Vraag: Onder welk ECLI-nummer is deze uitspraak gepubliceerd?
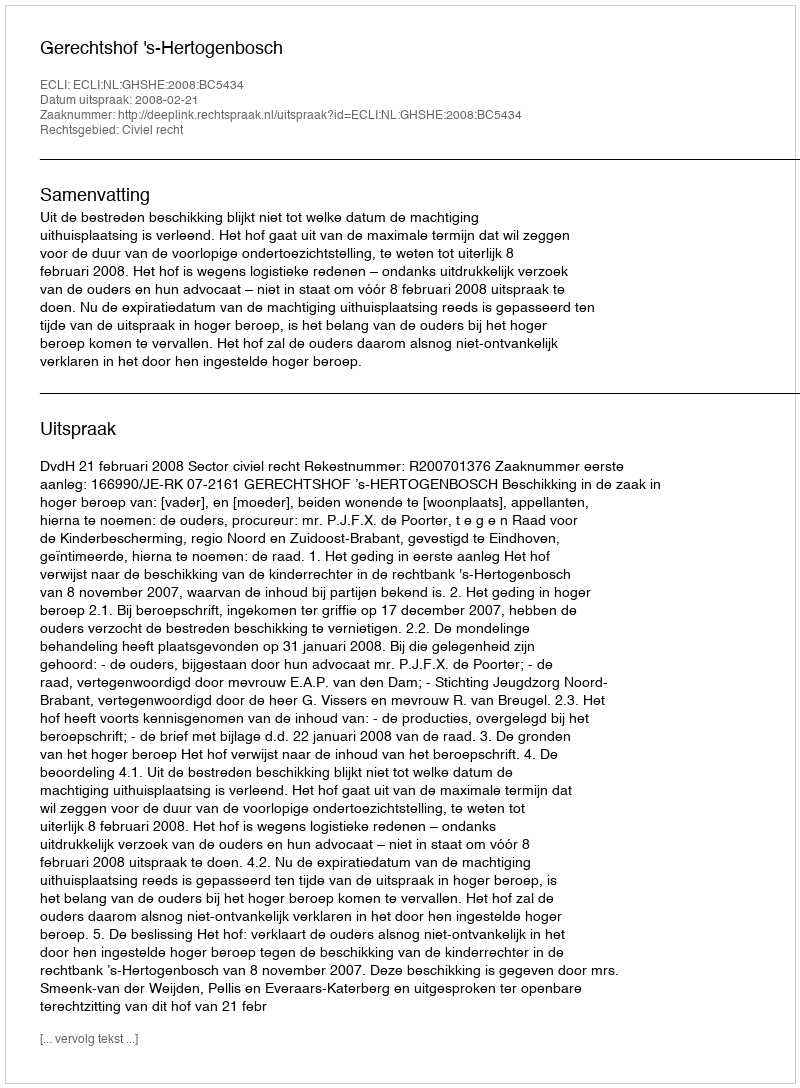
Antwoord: ECLI:NL:GHSHE:2008:BC5434